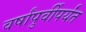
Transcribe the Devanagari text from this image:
वर्षांपुर्वीपर्यंत